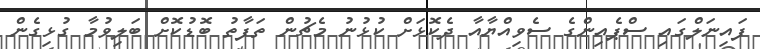
ފައިނަލްގައި ސްޕެއިންގެ ސެވިއްޔާއާ ދެކޮޅަށް ކުޅުނު މެޗުން ތަފާތު ބޮޑުކޮށް ބަލިވުމާ ގުޅިގެން